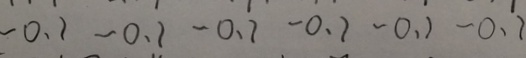
- 0 . 1 - 0 . 1 - 0 . 1 - 0 . 1 - 0 . 1 - 0 . 1